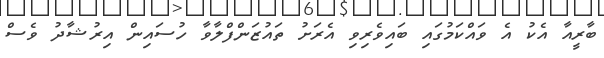
ބާރީއާ އެކު އެ ވައްކަމުގައި ބައިވެރިވި އެރަށު ތައުޒަންފްލާވާ ހުސައިން އިރުޝާދު ވެސް